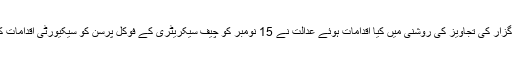
عدالت نے استفسار کیا کہ درخواست گزار کی تجاویز کی روشنی میں کیا اقدامات ہوئے عدالت نے 15 نومبر کو چیف سیکریٹری کے فوکل پرسن کو سیکیورٹی اقدامات کی تفصیلی رپورٹ سمیت طلب کرلیا۔